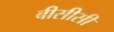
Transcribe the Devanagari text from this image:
बीसीसी